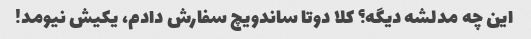
این چه مدلشه دیگه؟ کلا دوتا ساندویچ سفارش دادم، یکیش نیومد!